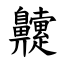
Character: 䶑